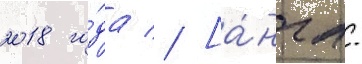
2018 го́да // [а́нгл.